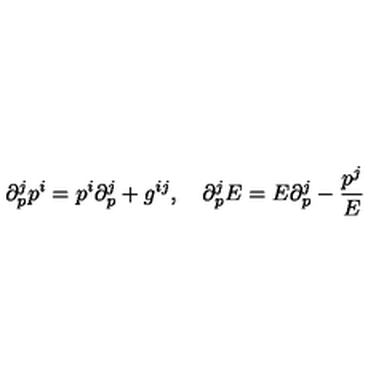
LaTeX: \partial _ { p } ^ { j } p ^ { i } = p ^ { i } \partial _ { p } ^ { j } + g ^ { i j } , \quad \partial _ { p } ^ { j } E = E \partial _ { p } ^ { j } - \frac { p ^ { j } } { E }